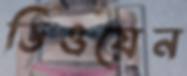
ডিওয়েন